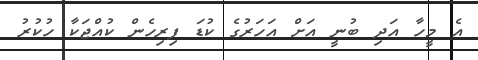
އެ މީހާ އަދި ބުނީ އަށް އަހަރުގެ ކުޑަ ފިރިހެން ކުއްޖަކާ ހުކުރު